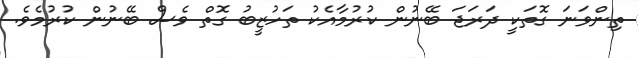
ތިންވަނަ ގޮތަކީ ދަރަޖަ ބޭނުން ކުރުމާއެކު ތަހުޒީބު ގޮތް ވެސް ބޭނުން ކުރުމެވެ.